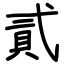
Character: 貳